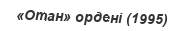
«Отан» ордені (1995)